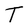
Character: T